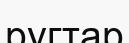
ругтар